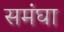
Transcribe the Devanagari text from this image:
समंघा